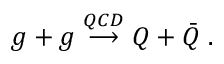
g + g \stackrel { Q C D } { \longrightarrow } Q + \bar { Q } \; .